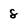
Character: 8